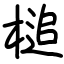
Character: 槌